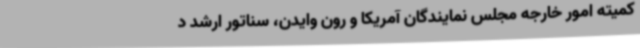
کمیته امور خارجه مجلس نمایندگان آمریکا و رون وایدن، سناتور ارشد د